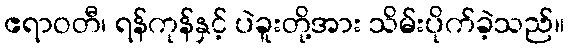
ဧရာဝတီ၊ ရန်ကုန်နှင့် ပဲခူးတို့အား သိမ်းပိုက်ခဲ့သည်။